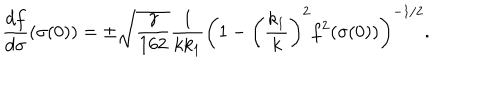
\frac { d f } { d \sigma } ( \sigma ( 0 ) ) = \pm \sqrt { \frac { \gamma } { 1 6 2 } } \frac { 1 } { k k _ { 1 } } \bigg ( 1 - \bigg ( \frac { k _ { 1 } } { k } \bigg ) ^ { 2 } f ^ { 2 } ( \sigma ( 0 ) ) \bigg ) ^ { - 1 / 2 } .